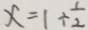
x = 1 \div \frac { 1 } { 2 }